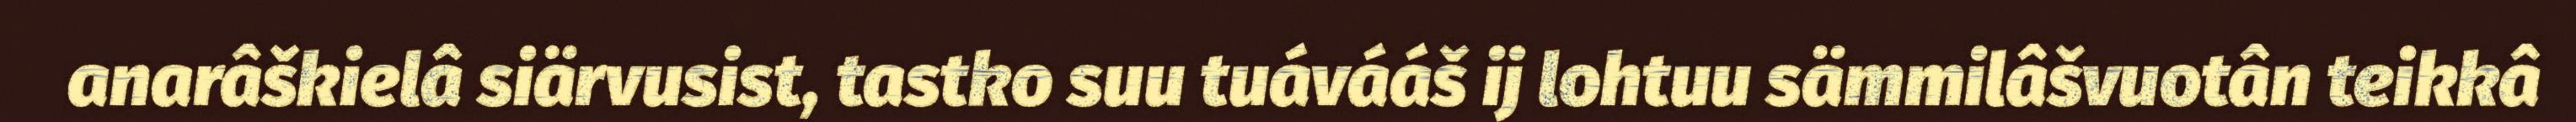
anarâškielâ siärvusist, tastko suu tuávááš ij lohtuu sämmilâšvuotân teikkâ